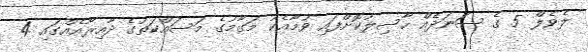
ލެވެލް 5 ގެ ސަނަދެއް ހާސިލުކޮށްފައި ވުމާއެކު މަގާމުގެ މަސައްކަތުގެ ދާއިރާއެއްގައި 4